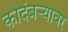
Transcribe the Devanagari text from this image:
कादंबर्‍यावर